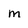
Character: m